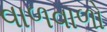
વાળવાળો